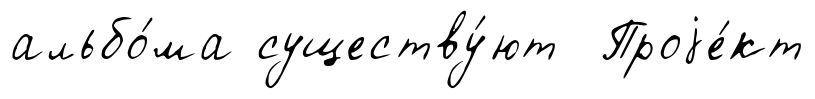
альбо́ма существу́ют Проjе́кт